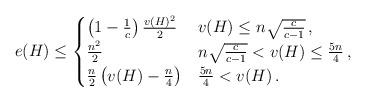
LaTeX: \begin{align*}e(H)\leq\begin{cases}\left(1-\frac{1}{c}\right)\frac{v(H)^2}{2} & v(H) \leq n\sqrt{\frac{c}{c-1}}\,,\\\frac{n^2}{2} & n\sqrt{\frac{c}{c-1}} < v(H) \leq \frac{5n}{4}\,,\\\frac{n}{2}\left(v(H)-\frac{n}{4}\right) & \frac{5n}{4} < v(H)\,.\end{cases}\end{align*}